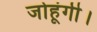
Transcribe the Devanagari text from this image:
जोहूंगी।